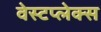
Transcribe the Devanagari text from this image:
वेस्टप्लेक्स